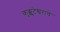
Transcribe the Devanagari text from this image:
कुक्कुटेश्वराचे